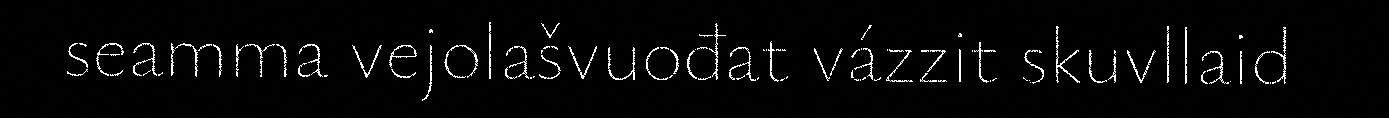
seamma vejolašvuođat vázzit skuvllaid